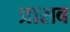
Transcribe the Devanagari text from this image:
प्रासव